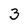
Character: 3